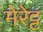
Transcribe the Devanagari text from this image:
मेरेट्ट